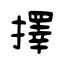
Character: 擇